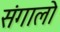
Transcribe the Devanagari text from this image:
संगालो